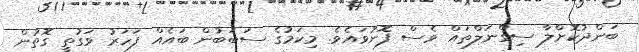
ބަންދުކޮށްލާ ސިގްނަލްތައް ވެސް ފޮނުވައެވެ. މިކަމުގެ ސަބަބުން ބައެއް ފަހަރު ވަގުތީ ގޮތުން